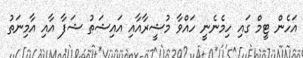
އަހެން ޓީމް ގައި ހިމެނެނީ ހައްވާ މުޝީރާއާއި އައިޝަތު ޝަފާ އާއި އާމިނަތު